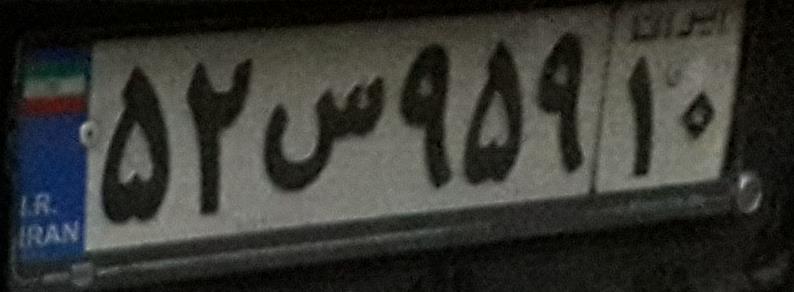
۵۲س۹۵۹۱۰